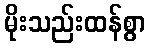
မိုးသည်းထန်စွာ